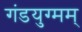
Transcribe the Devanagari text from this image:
गंडयुग्मम्